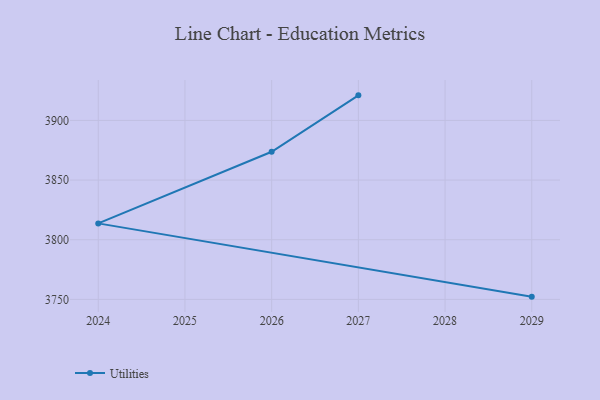
{"axis": {"x": "Year", "y": "Bounce Rate (%)"}, "legend": ["Utilities"], "data": [{"x": "2029", "y": 3752.3, "type": "Utilities"}, {"x": "2024", "y": 3813.7, "type": "Utilities"}, {"x": "2026", "y": 3873.7, "type": "Utilities"}, {"x": "2027", "y": 3921.0, "type": "Utilities"}]}